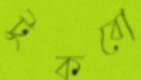
টুকবো